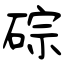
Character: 碂